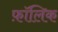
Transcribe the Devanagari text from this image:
फ़ॉलिक